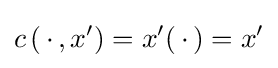
c\left(\,\cdot \,,x^{\prime }\right)=x^{\prime }(\,\cdot \,)=x^{\prime }